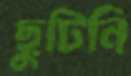
ছুটিনি